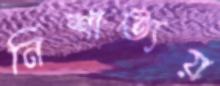
নিশাত্যয়